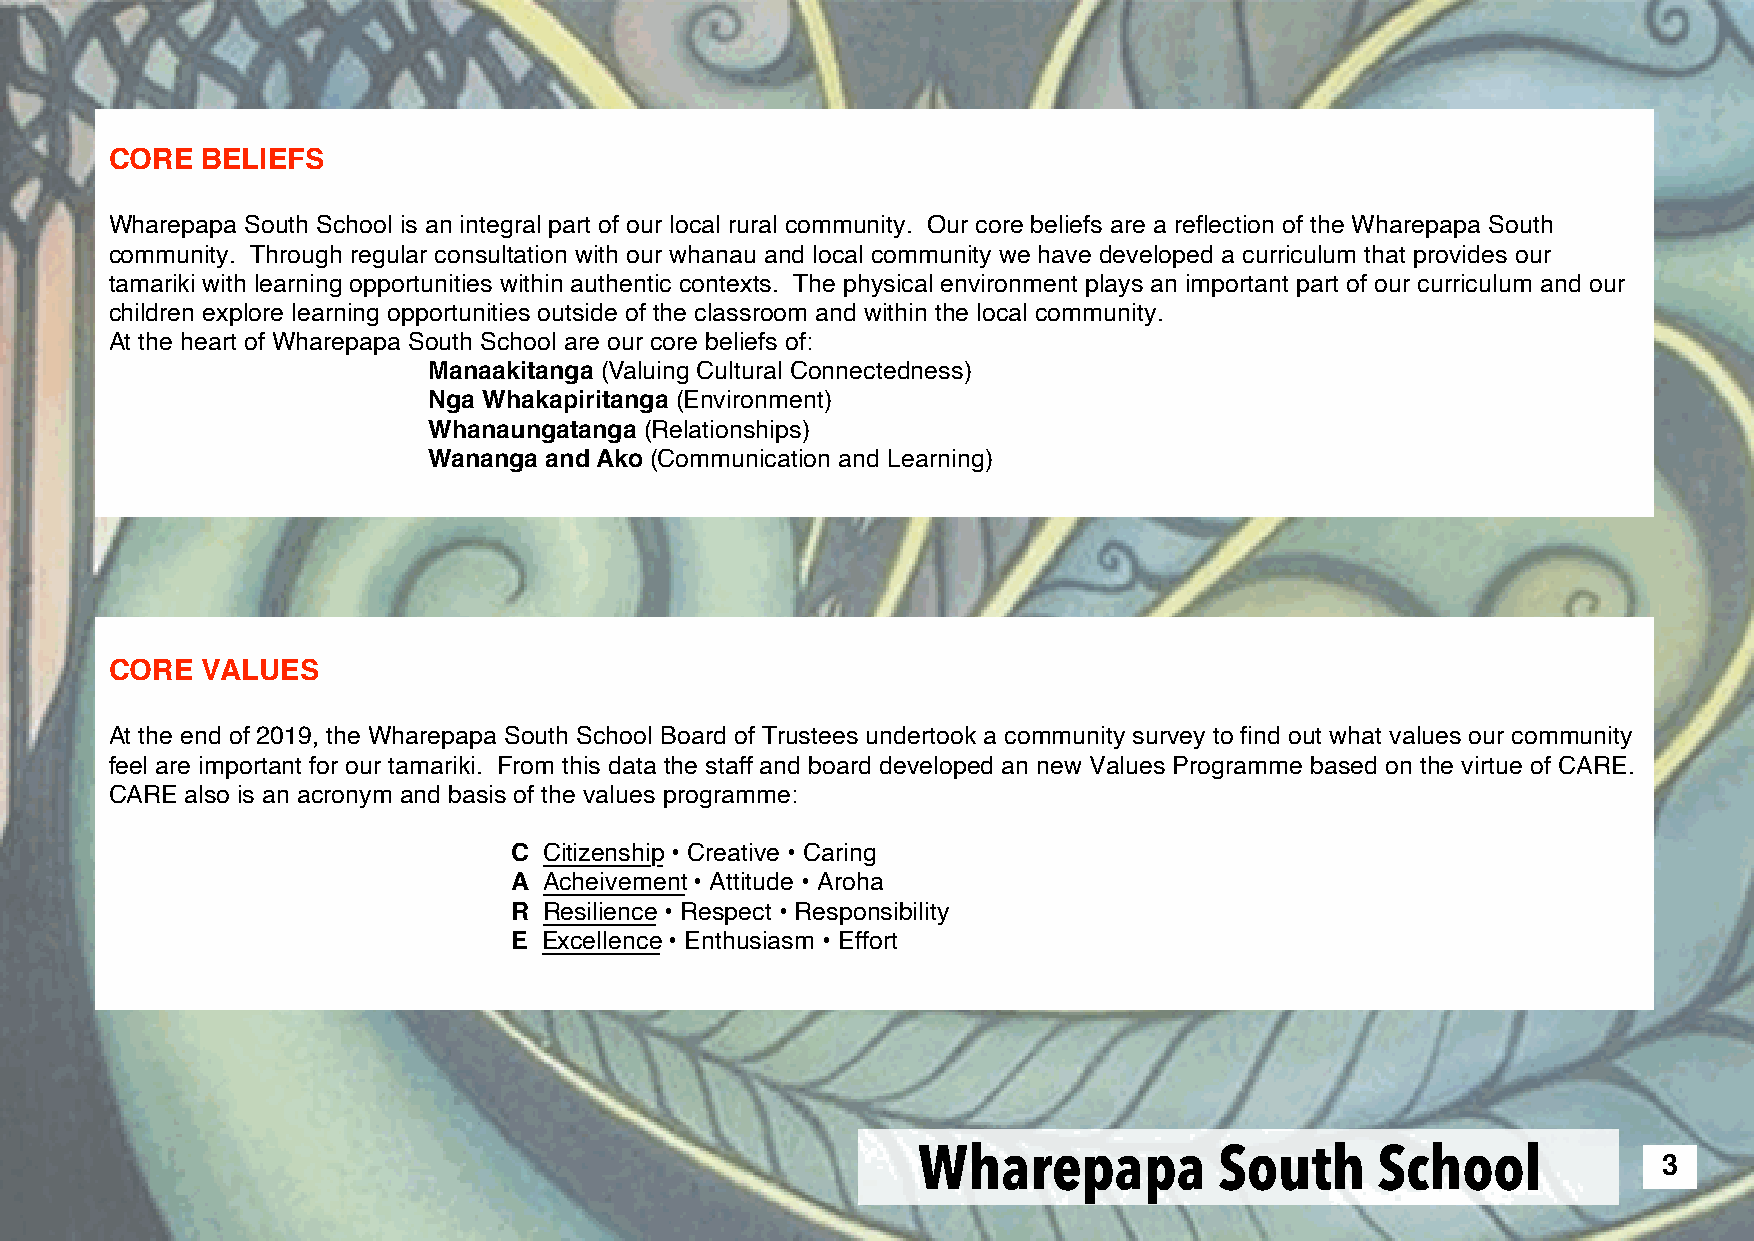
CORE  BELIEFS
 Wharepapa South School is an integral part of our local rural community. Our core beliefs are a reflection of the Wharepapa South
 community. Through regular consultation with our whanau and local community we have developed a curriculum that provides our
 tamariki with learning opportunities within authentic contexts. The physical environment plays an important part of our curriculum and our
 children explore learning opportunities outside of the classroom and within the local community.
 At the heart of Wharepapa South School are our core beliefs of:
 Manaakitanga (Valuing Cultural Connectedness)
 Nga Whakapiritanga (Environment)
 Whanaungatanga (Relationships)
 Wananga and Ako (Communication and Learning)
 CORE  VALUES
 At the end of 2019, the Wharepapa South School Board of Trustees undertook a community survey to find out what values our community
 feel are important for our tamariki. From this data the staff and board developed an new Values Programme based on the virtue of CARE.
 CARE also is an acronym and basis of the values programme:
 C Citizenship • Creative • Caring
 A Acheivement • Attitude • Aroha
 R Resilience • Respect • Responsibility
 E Excellence • Enthusiasm • Effort
 Wharepapa           South     School             3